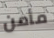
مأمن